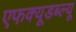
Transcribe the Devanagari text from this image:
एफक्यूडब्ल्यू